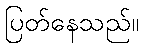
ပြတ်နေသည်။